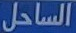
الساحل